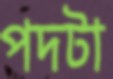
পদটা